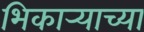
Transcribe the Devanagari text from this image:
भिकार्‍याच्या